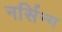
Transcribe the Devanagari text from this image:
नर्सिन्ग